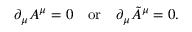
\partial _ { \mu } A ^ { \mu } = 0 \quad \mathrm { o r } \quad \partial _ { \mu } \tilde { A } ^ { \mu } = 0 .